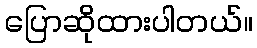
ပြောဆိုထားပါတယ်။